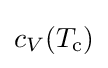
c_{V}(T_{\text{c}})